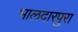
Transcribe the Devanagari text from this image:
भालदारपुरा